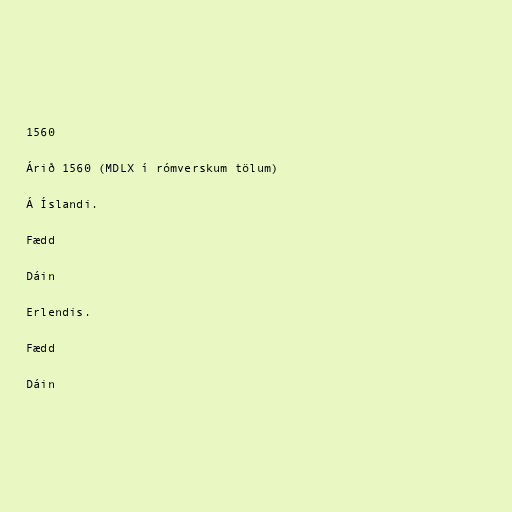
1560

Árið 1560 (MDLX í rómverskum tölum)

Á Íslandi.

Fædd

Dáin

Erlendis.

Fædd

Dáin